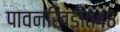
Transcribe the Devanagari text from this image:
पावनखिंडीत४८